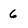
Character: 6